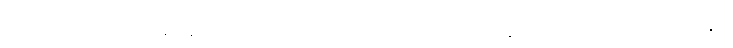
ငါးပါးသော ပဟာနဝိနည်းမှ ကင်းသည်ဖြစ်၍။ သပ္ပုရိယာနံ၊ တင့်တယ်သောဂုဏ်နှင့်